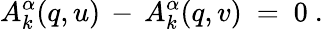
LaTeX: A_{k}^{\alpha}(q,u)\, -\, A_{k}^{\alpha}(q,v)~=~0~.